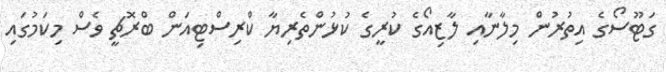
ގަޓޫސޯގެ އިތުރުން މިލާނާއި ލާޒިއޯގެ ކުރީގެ ކުޅުންތެރިޔާ ކްރިސްޓިއަން ބްރޮޗީ ވެސް މިކަމުގައި